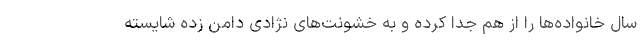
سال خانواده‌ها را از هم جدا کرده و به خشونت‌های نژادی دامن زده شایسته